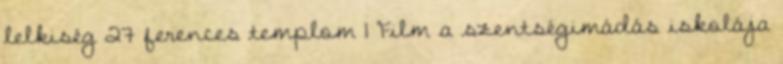
lelkiség 27 ferences templom 1 Film a szentségimádás iskolája